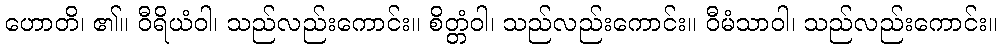
ဟောတိ၊ ၏။ ဝီရိယံဝါ၊ သည်လည်းကောင်း။ စိတ္တံဝါ၊ သည်လည်းကောင်း။ ဝီမံသာဝါ၊ သည်လည်းကောင်း။